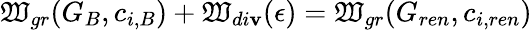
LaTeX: \mathfrak{W}_{gr}(G_{B},c_{i,B})+\mathfrak{W}_{di\mathbf{v}}(\epsilon)=\mathfrak{W}_{gr}(G_{ren},c_{i,ren})